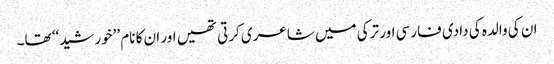
ان کی والدہ کی دادی فارسی اور ترکی میں شاعری کرتی تھیں اور ان کا نام ’’خورشید‘‘ تھا۔